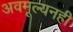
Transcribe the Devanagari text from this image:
अवमूल्यनही